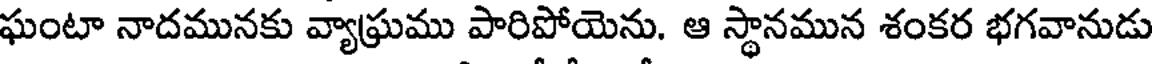
ఘంటా నాదమునకు వ్యాఘ్రము పారిపోయెను. ఆ స్థానమున శంకర భగవానుడు